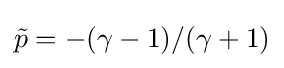
{\tilde {p}}=-(\gamma -1)/(\gamma +1)